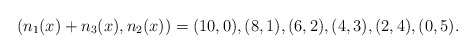
\begin{align*}(n_1(x)+n_3(x),n_2(x))= (10,0), (8,1), (6,2), (4,3), (2,4), (0,5).\end{align*}